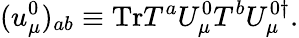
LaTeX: (u_{\mu}^{0})_{{ab}}\equiv\mathrm{Tr}T^{a}U_{\mu}^{0}T^{b}U_{\mu}^{0\dagger}.